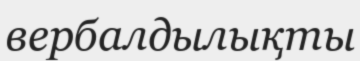
вербалдылықты